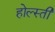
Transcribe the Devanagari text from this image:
होल्स्ती